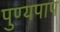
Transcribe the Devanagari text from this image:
पुण्यपाप